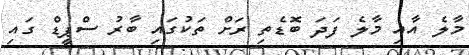
މާލެ އާއި މާލެ ފަދަ ބޮޑެތި ރަށް ތަކުގައި ބާރު ސްޕީޑް ގައި